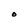
Character: O